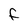
Character: F